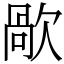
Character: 歄